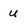
Character: u